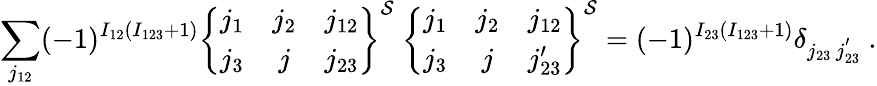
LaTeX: \sum_{j_{12}}(-1)^{I_{12}(I_{123}+1)}\left\{ \begin{array}{ccc}{{j_{1}}}&{{j_{2}}}&{{j_{12}}}\\ {{j_{3}}}&{{j}}&{{j_{23}}}\end{array}\right\} ^{\mathcal{S}}~\left\{ \begin{array}{ccc}{{j_{1}}}&{{j_{2}}}&{{j_{12}}}\\ {{j_{3}}}&{{j}}&{{j_{23}^{\prime}}}\end{array}\right\} ^{\mathcal{S}}=(-1)^{I_{23}(I_{123}+1)}\delta_{j_{23}\, j_{23}^{'}}~.